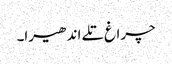
چراغ تلے اندھیرا۔